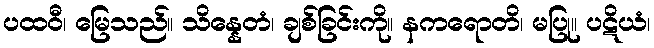
ပထဝီ၊ မြေသည်။ သိန္နေတံ၊ ချစ်ခြင်းကို။ နကရောတိ၊ မပြု။ ပဋိယံ၊